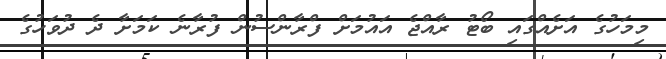
މިމަހުގެ އަށެއްގައި ބޯޓު ރާއްޖެ އައުމަށް ފްރާންސުން ފުރާނެ ކަމަށާ ދެ ދުވަހުގެ